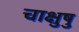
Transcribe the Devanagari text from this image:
चाक्षुषु